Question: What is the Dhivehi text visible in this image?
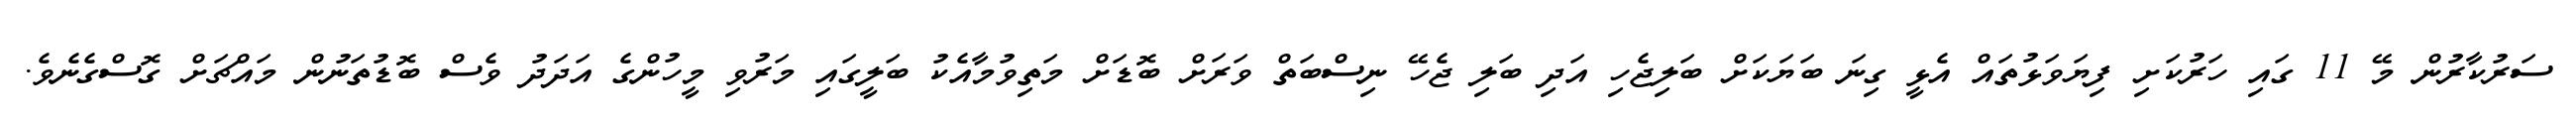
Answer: ސަރުކާރުން މޭ 11 ގައި ހަރުކަށި ފިޔަވަޅުތައް އެޅީ ގިނަ ބަޔަކަށް ބަލިޖެހި އަދި ބަލި ޖެހޭ ނިސްބަތް ވަރަށް ބޮޑަށް މަތިވުމާއެކު ބަލީގައި މަރުވި މީހުންގެ އަދަދު ވެސް ބޮޑުތަނުން މައްޗަށް ގޮސްގެނެވެ.